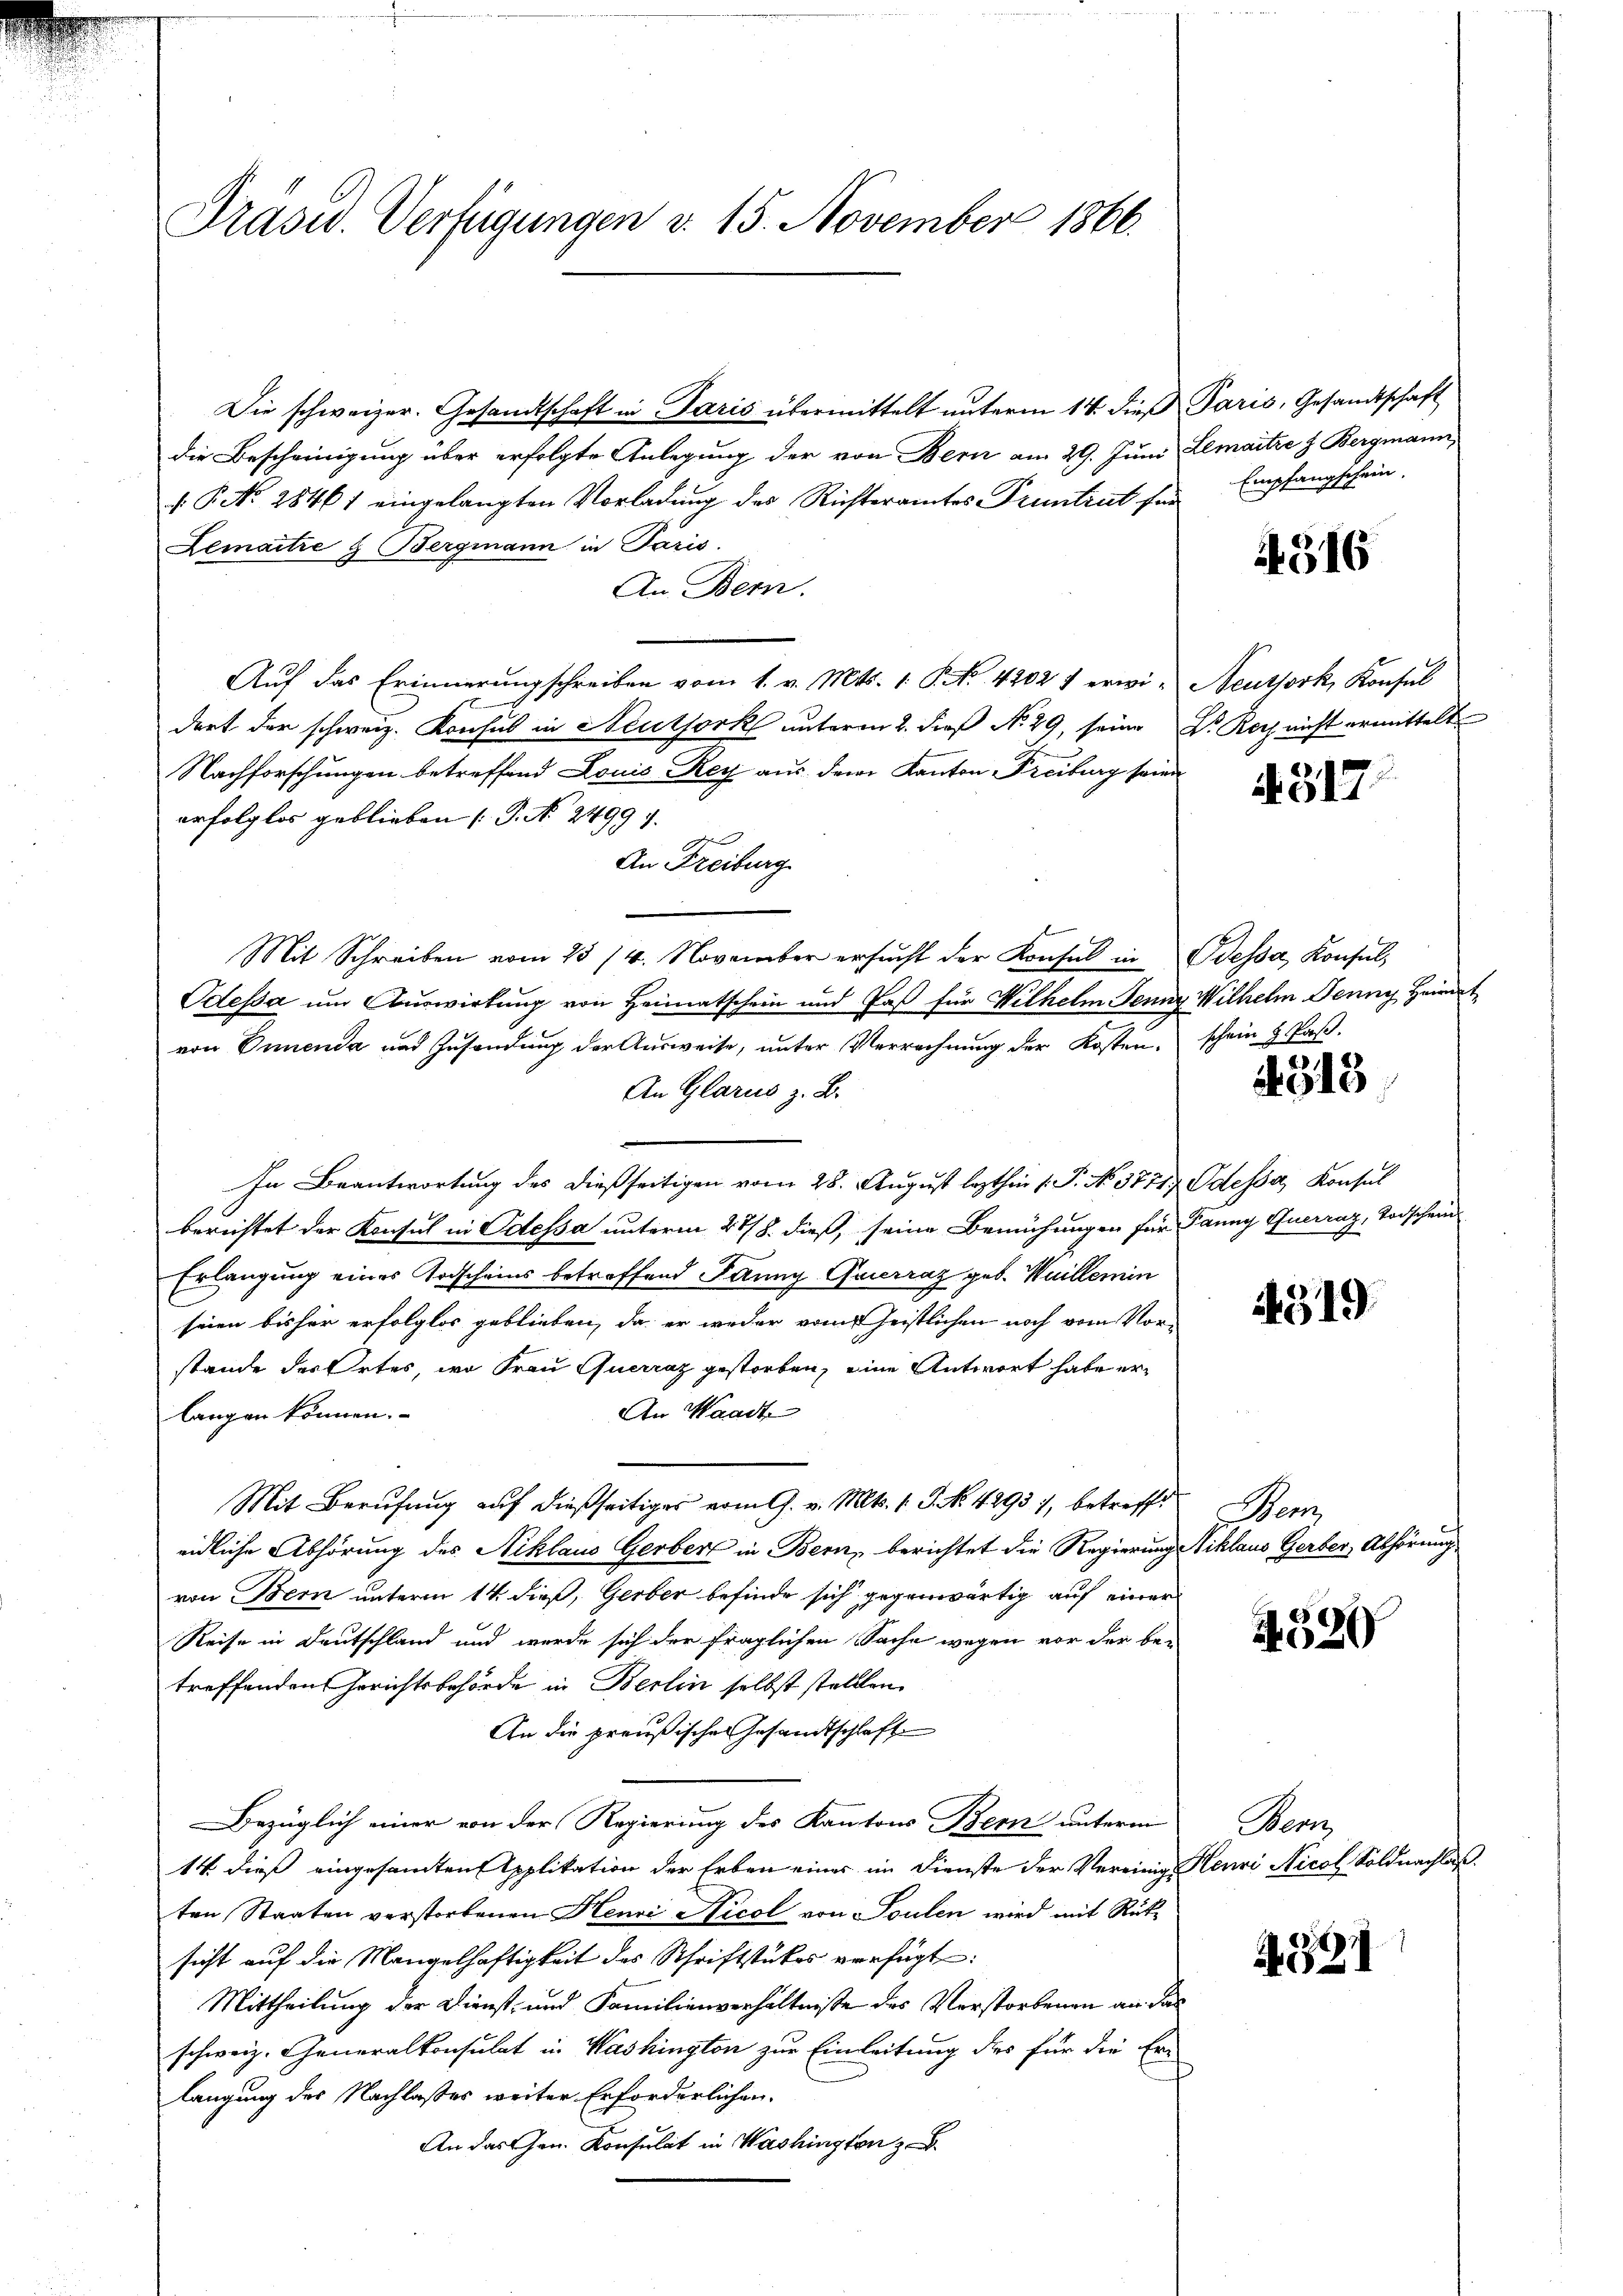
Präsid. Verfügungen v. 15. November 1866.

Die schweizer. Gesandtschaft in Paris übermittelt unterm 14. dieß
die Bescheinigung über erfolgte Anlegung der von Bern am 29. Juni
f. P. Nr. 28461 eingelangten Vorladung des Richteramtes Pruntrut für Empfangschein.
Lemaitre & Bergmann in Paris.
An Bern.
Auf das Erinnerungschreiben vom 1. v. Mts. 1. P. Nr. 42021 erwi¬

dort der schweiz. Konsul in Neutfork unterm 2. dieß No. 29, seine
Nachforschungen betreffend Louis Rey aus dem Kanton Freiburg sein
erfolglos geblieben (P. Nr. 24997. |
An Freiburg
Mit Schreiben vom 13/4. November ersucht der Konsul in
Odessa um Auswirkung von Heimatschein und Paß für Wilhelm Jenny Wilhelm Jenny Häumt
von Innenda und Zusendung der Ausweise, unter Verrechnung der Kosten¬
An Glarus z. B.
In Beantwortung des dießseitigen vom 28. August lezthin 1. P. No. 5771) Odessa, Konsul
berichtet der Konsul in Odessa unterm 27/8. dieß, seine Bemühungen für Panny Querraz, Todschein
Erlangung einer Todscheins betreffend Panny Gauerraz geb. Wuillemin
seien bisher erfolglos geblieben, da er weder vom heistlichen noch vom Vorstande des Ortes, wo Frau Querraz gestorben, eine Antwort habe er¬
An Waadt
langen können.
Mit Berufung auf dießseitiges vom 9. v. Mts. 1. J. No. 4293), betreff
eidliche Abhörung des Niklaus Gerber in Bern, berichtet die Regierung
von Bern unterm 14. dieß, Gerber befinde sich gegenwärtig auf einer
Reise in Deutschland und wurde sich der fraglichen Sache wegen vor der betreffenden Gerichtsbehörde in Berlin selbst stellten
An die preußisches Gesandtschlaft
Bezüglich einer von der Regierung des Kantons Bern unterm
14 dieß eingesamten Applikation der Erben eines im Dienste der Vereinig
ten Staaten verstorbenen Henri Nicol von Soulen wird mit Rücksicht auf die Mangelhaftigkeit des Schriftstückes verfügt:
Mittheilung der Dienst- und Familienverhältnisse des Verstorbenen an da
schweiz. Generalkonsulat in Washington zur Einleitung des für die Er-
langung des Nachlasses weiter Erforderlichen.
An das Gen. Konsulat in Washington z

Paris, Gesandtschaft
Lemaitre s. Bergmann,

4316

Neuthork, Konsul
Dr. Roch nicht ermittelt

A 317

Bdessa, Konsul,
schein & Paß.

318

319.

Ben
Niklaus Gerber, Abhörung

4520

Wenz
Henri Nicob Soldnachlaß.

A591